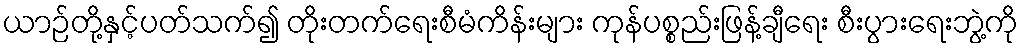
ယာဉ်တို့နှင့်ပတ်သက်၍ တိုးတက်ရေးစီမံကိန်းများ ကုန်ပစ္စည်းဖြန့်ချီရေး စီးပွားရေးဘွဲ့ကို